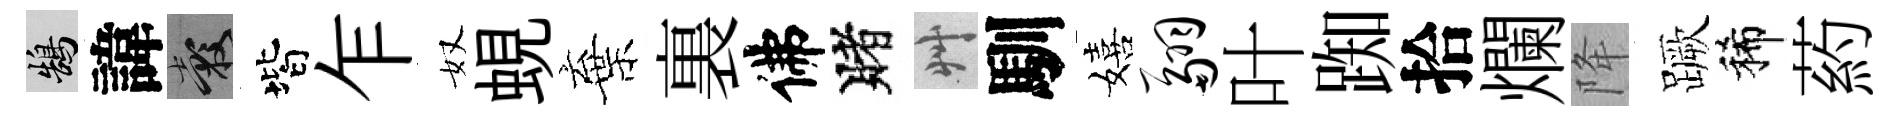
鵠諱穀階乍奴蜆棄裏佛賭艸馴嬉翮叶踟拾爛降蹶稀葯